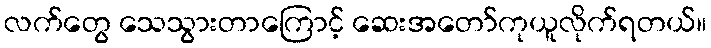
လက်တွေ သေသွားတာကြောင့် ဆေးအတော်ကုယူလိုက်ရတယ်။